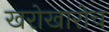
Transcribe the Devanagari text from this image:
खरोखारोच